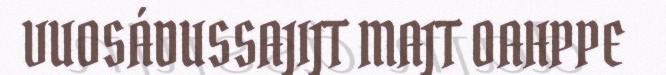
VUOSÁDUSSAJIJT MAJT OAHPPE